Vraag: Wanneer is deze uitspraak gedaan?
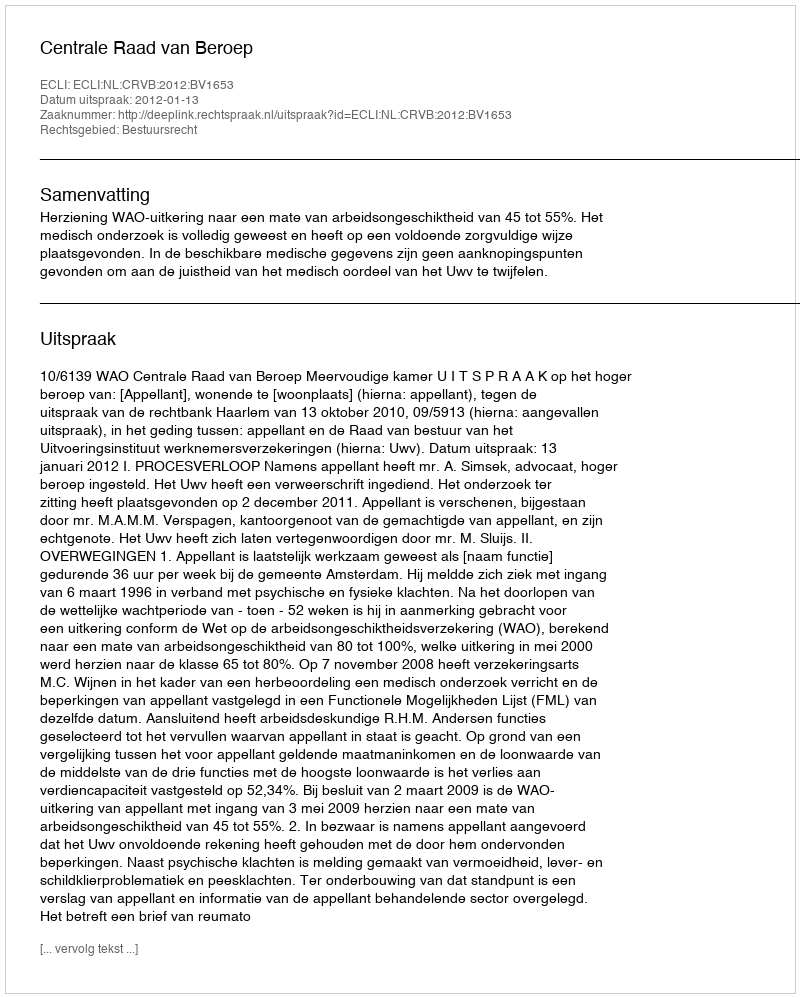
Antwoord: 2012-01-13